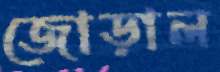
জোড়াল